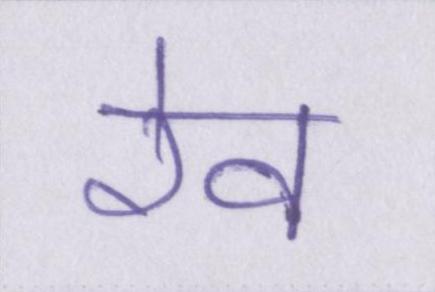
रेव